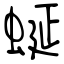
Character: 蜒